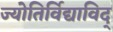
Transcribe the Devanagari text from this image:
ज्योतिर्विद्याविद्